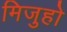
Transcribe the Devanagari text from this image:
मिजुहो